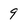
Character: 9